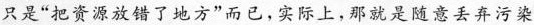
只是”把资源放错了地方”而已。实际上，那就是随意丢弃污染